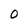
Character: 0